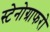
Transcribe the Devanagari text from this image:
स्टेनोग्राफरो